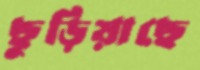
ছুড়িয়াছে